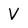
Character: V